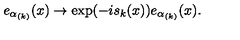
e _ { \alpha _ { ( k ) } } ( x ) \rightarrow \exp ( - i s _ { k } ( x ) ) e _ { \alpha _ { ( k ) } } ( x ) .